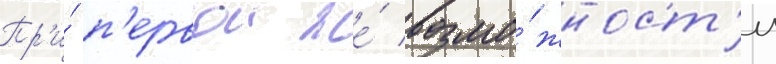
Пр'и́ п'ервои же́ возмо́жност'и